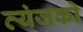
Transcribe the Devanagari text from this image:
व्यंजको